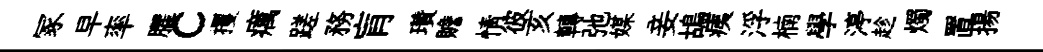
冢早率臞c攫癘蹉務肓瓚贍情彼亥轉弛媒妾鴣痍浮楠學渟趁燭置揚